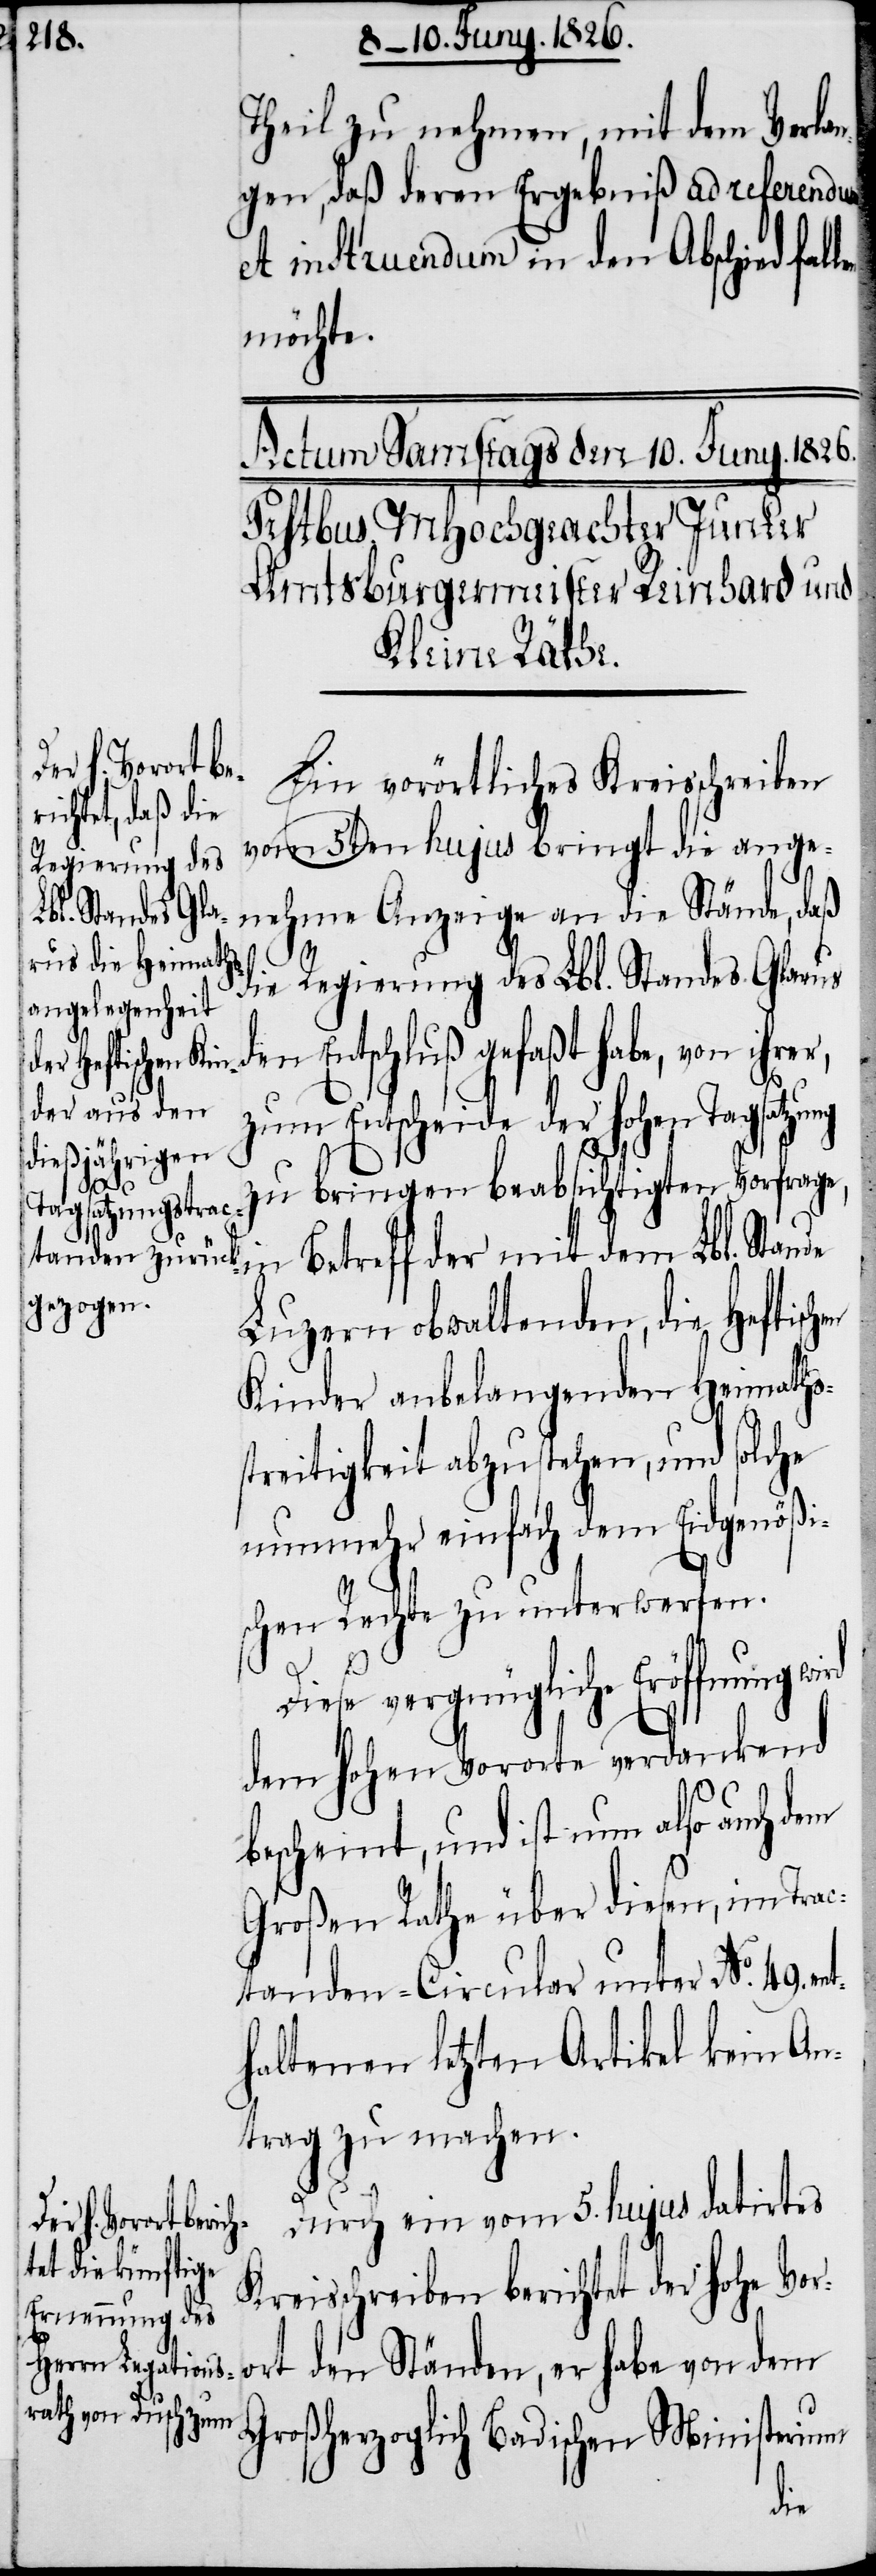
er,
ng

Theil zu nehmen, mit dem Verla¬
ngen, daß deren Ergebniß ad referendum
et instruendum in den Abschied fal¬
möchte.
Ein vorörtliches Kreisschreiben
vom 5ten hujus bringt die ange¬
nehme Anzeige an die Stände, daß
nt¬
die Regierung des Lbl. Standes Glarus
n Entschluß gefaßt habe, von ihr¬
zum Entscheide der hohen Tagsatzu¬
zu bringen beabsichtigten Vorfrage,
in Betreff der mit dem Lbl. Stande
Luzern obwaltenden, die Heftisch¬
Kinder anbelangenden Heimaths¬
streitigkeit abzustehen, und solche
nunmehr einfach dem Eidgenößi¬
schen Rechte zu unterwerfen.
Diese vergnügliche Eröffnung
dem hohen Vororte verdankend
bescheint, und ist nun also auch dem
Großen Rathe über diesen, im Trac¬
tanden-Circular unter No. 49. e¬
haltenen letzten Artikel kein An¬
trag zu machen.
Durch ein vom 5. hujus datirtes
Kreisschreiben berichtet der hohe Vor¬
ort den Ständen, er habe von dem
Großherzoglich Badischen Ministerium
en